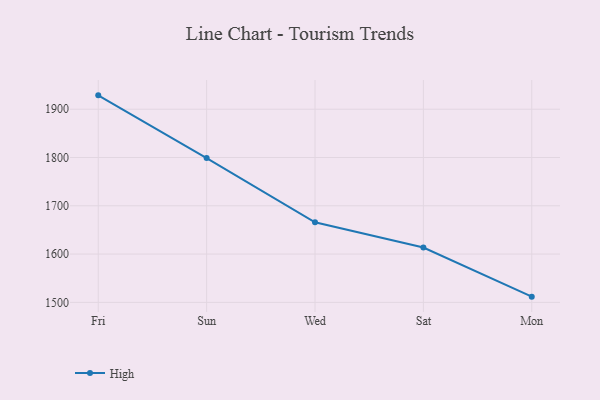
{"axis": {"x": "Day", "y": "Market Share (%)"}, "legend": ["High"], "data": [{"x": "Fri", "y": 1928.7, "type": "High"}, {"x": "Sun", "y": 1798.8, "type": "High"}, {"x": "Wed", "y": 1665.8, "type": "High"}, {"x": "Sat", "y": 1613.5, "type": "High"}, {"x": "Mon", "y": 1511.8, "type": "High"}]}